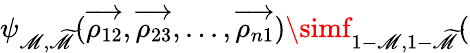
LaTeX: \psi_{\mathscr{M},\widetilde{{\mathscr{M}}}}(\overrightarrow{{\rho_{12}}},\overrightarrow{{\rho_{23}}},...,\overrightarrow{{\rho_{n1}}})\simf_{1-\mathscr{M},1-\widetilde{{\mathscr{M}}}}(